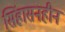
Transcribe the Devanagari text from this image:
सिंहासनहीन